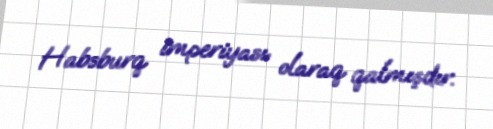
Habsburq imperiyası olaraq qalmışdır.